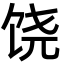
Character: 饶